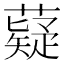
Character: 薿